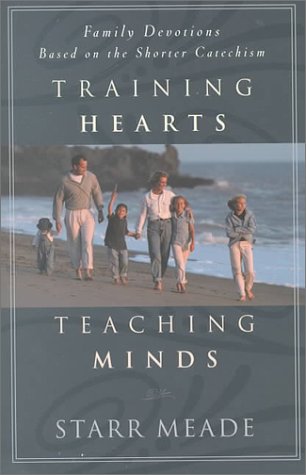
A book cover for Training Hearts, Teaching Minds: Family Devotions Based on the Shorter Catechism; Starr Meade; Christian Books & Bibles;